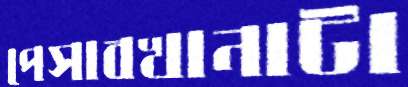
পেসাবখানাটা